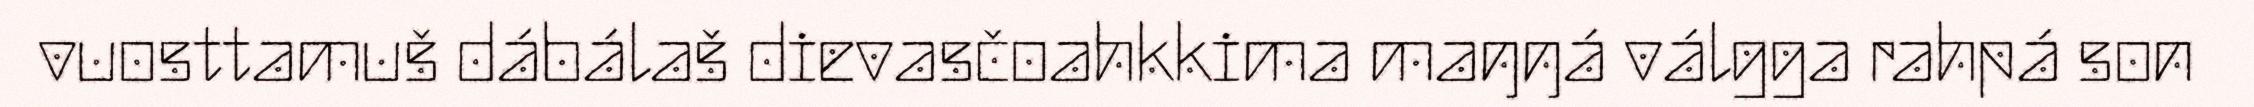
vuosttamuš dábálaš dievasčoahkkima maŋŋá válgga rahpá son